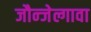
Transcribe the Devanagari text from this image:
जौन्जेल्गावा